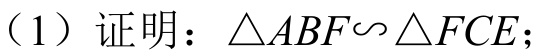
（1）证明：\(\triangle ABF\sim\triangle FCE\)；